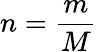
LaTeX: n={\frac{m}{M}}